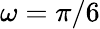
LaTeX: \omega=\pi/6